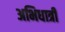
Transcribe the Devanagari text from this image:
अभिधात्री